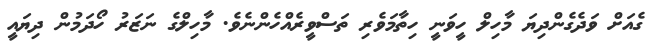
ގެއަށް ވަދެގެންދިޔަ މާހިލް ހީވަނީ ހިތާމަވެރި ތަސްވީރެއްހެންނެވެ. މާހިލްގެ ނަޒަރު ހޯދަމުން ދިޔައީ